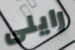
رايلى